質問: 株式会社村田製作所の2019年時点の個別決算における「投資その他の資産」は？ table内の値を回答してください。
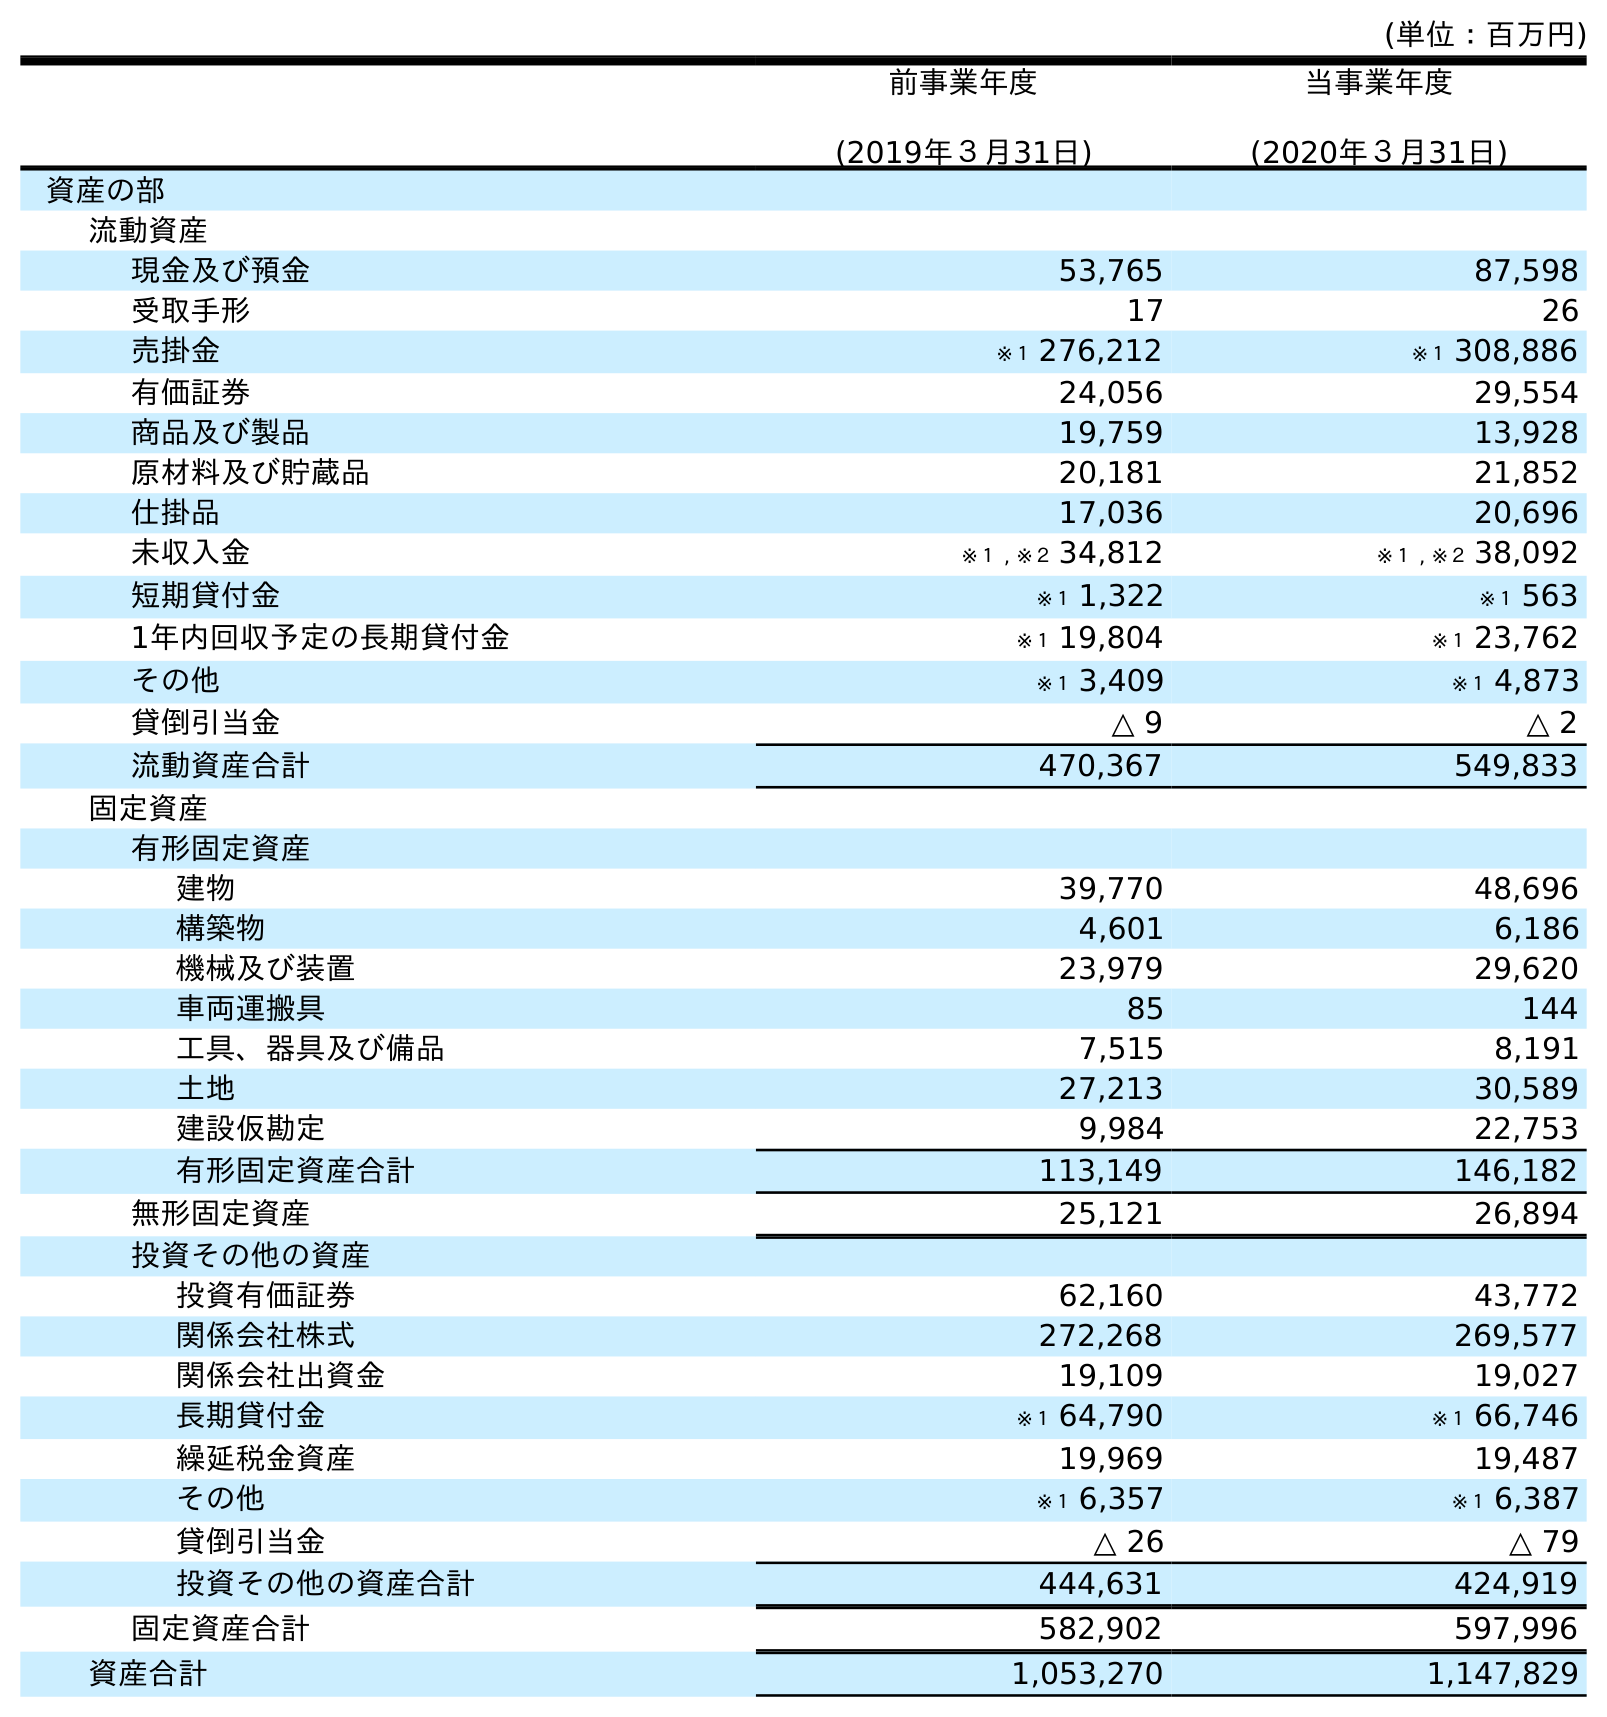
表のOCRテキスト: (単位：百万円) 前事業年度 (2019年３月31日) 当事業年度 (2020年３月31日) 資産の部 流動資産 現金及び預金 53,765 87,598 受取手形 17 26 売掛金 ※１ 276,212 ※１ 308,886 有価証券 24,056 29,554 商品及び製品 19,759 13,928 原材料及び貯蔵品 20,181 21,852 仕掛品 17,036 20,696 未収入金 ※１ , ※２ 34,812 ※１ , ※２ 38,092 短期貸付金 ※１ 1,322 ※１ 563 1年内回収予定の長期貸付金 ※１ 19,804 ※１ 23,762 その他 ※１ 3,409 ※１ 4,873 貸倒引当金 △ 9 △ 2 流動資産合計 470,367 549,833 固定資産 有形固定資産 建物 39,770 48,696 構築物 4,601 6,186 機械及び装置 23,979 29,620 車両運搬具 85 144 工具、器具及び備品 7,515 8,191 土地 27,213 30,589 建設仮勘定 9,984 22,753 有形固定資産合計 113,149 146,182 無形固定資産 25,121 26,894 投資その他の資産 投資有価証券 62,160 43,772 関係会社株式 272,268 269,577 関係会社出資金 19,109 19,027 長期貸付金 ※１ 64,790 ※１ 66,746 繰延税金資産 19,969 19,487 その他 ※１ 6,357 ※１ 6,387 貸倒引当金 △ 26 △ 79 投資その他の資産合計 444,631 424,919 固定資産合計 582,902 597,996 資産合計 1,053,270 1,147,829
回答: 444,631